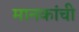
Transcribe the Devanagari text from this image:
मानकांची